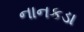
નાનકડા